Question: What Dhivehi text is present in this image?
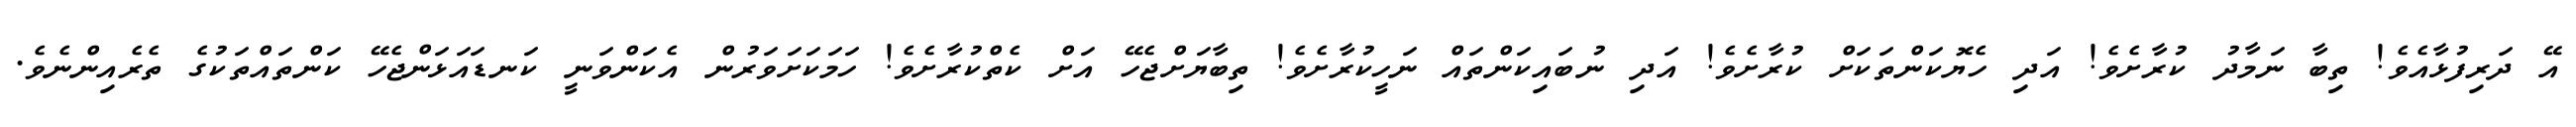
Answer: އޭ ދަރިފުޅާއެވެ! ތިބާ ނަމާދު ކުރާށެވެ! އަދި ހެޔޮކަންތަކަށް ކުރާށެވެ! އަދި ނުބައިކަންތައް ނަހީކުރާށެވެ! ތިބާޔަށްޖެހޭ އަށް ކެތްކުރާށެވެ! ހަމަކަށަވަރުން އެކަންވަނީ ކަނޑައަޅަންޖެހޭ ކަންތައްތަކުގެ ތެރެއިންނެވެ.